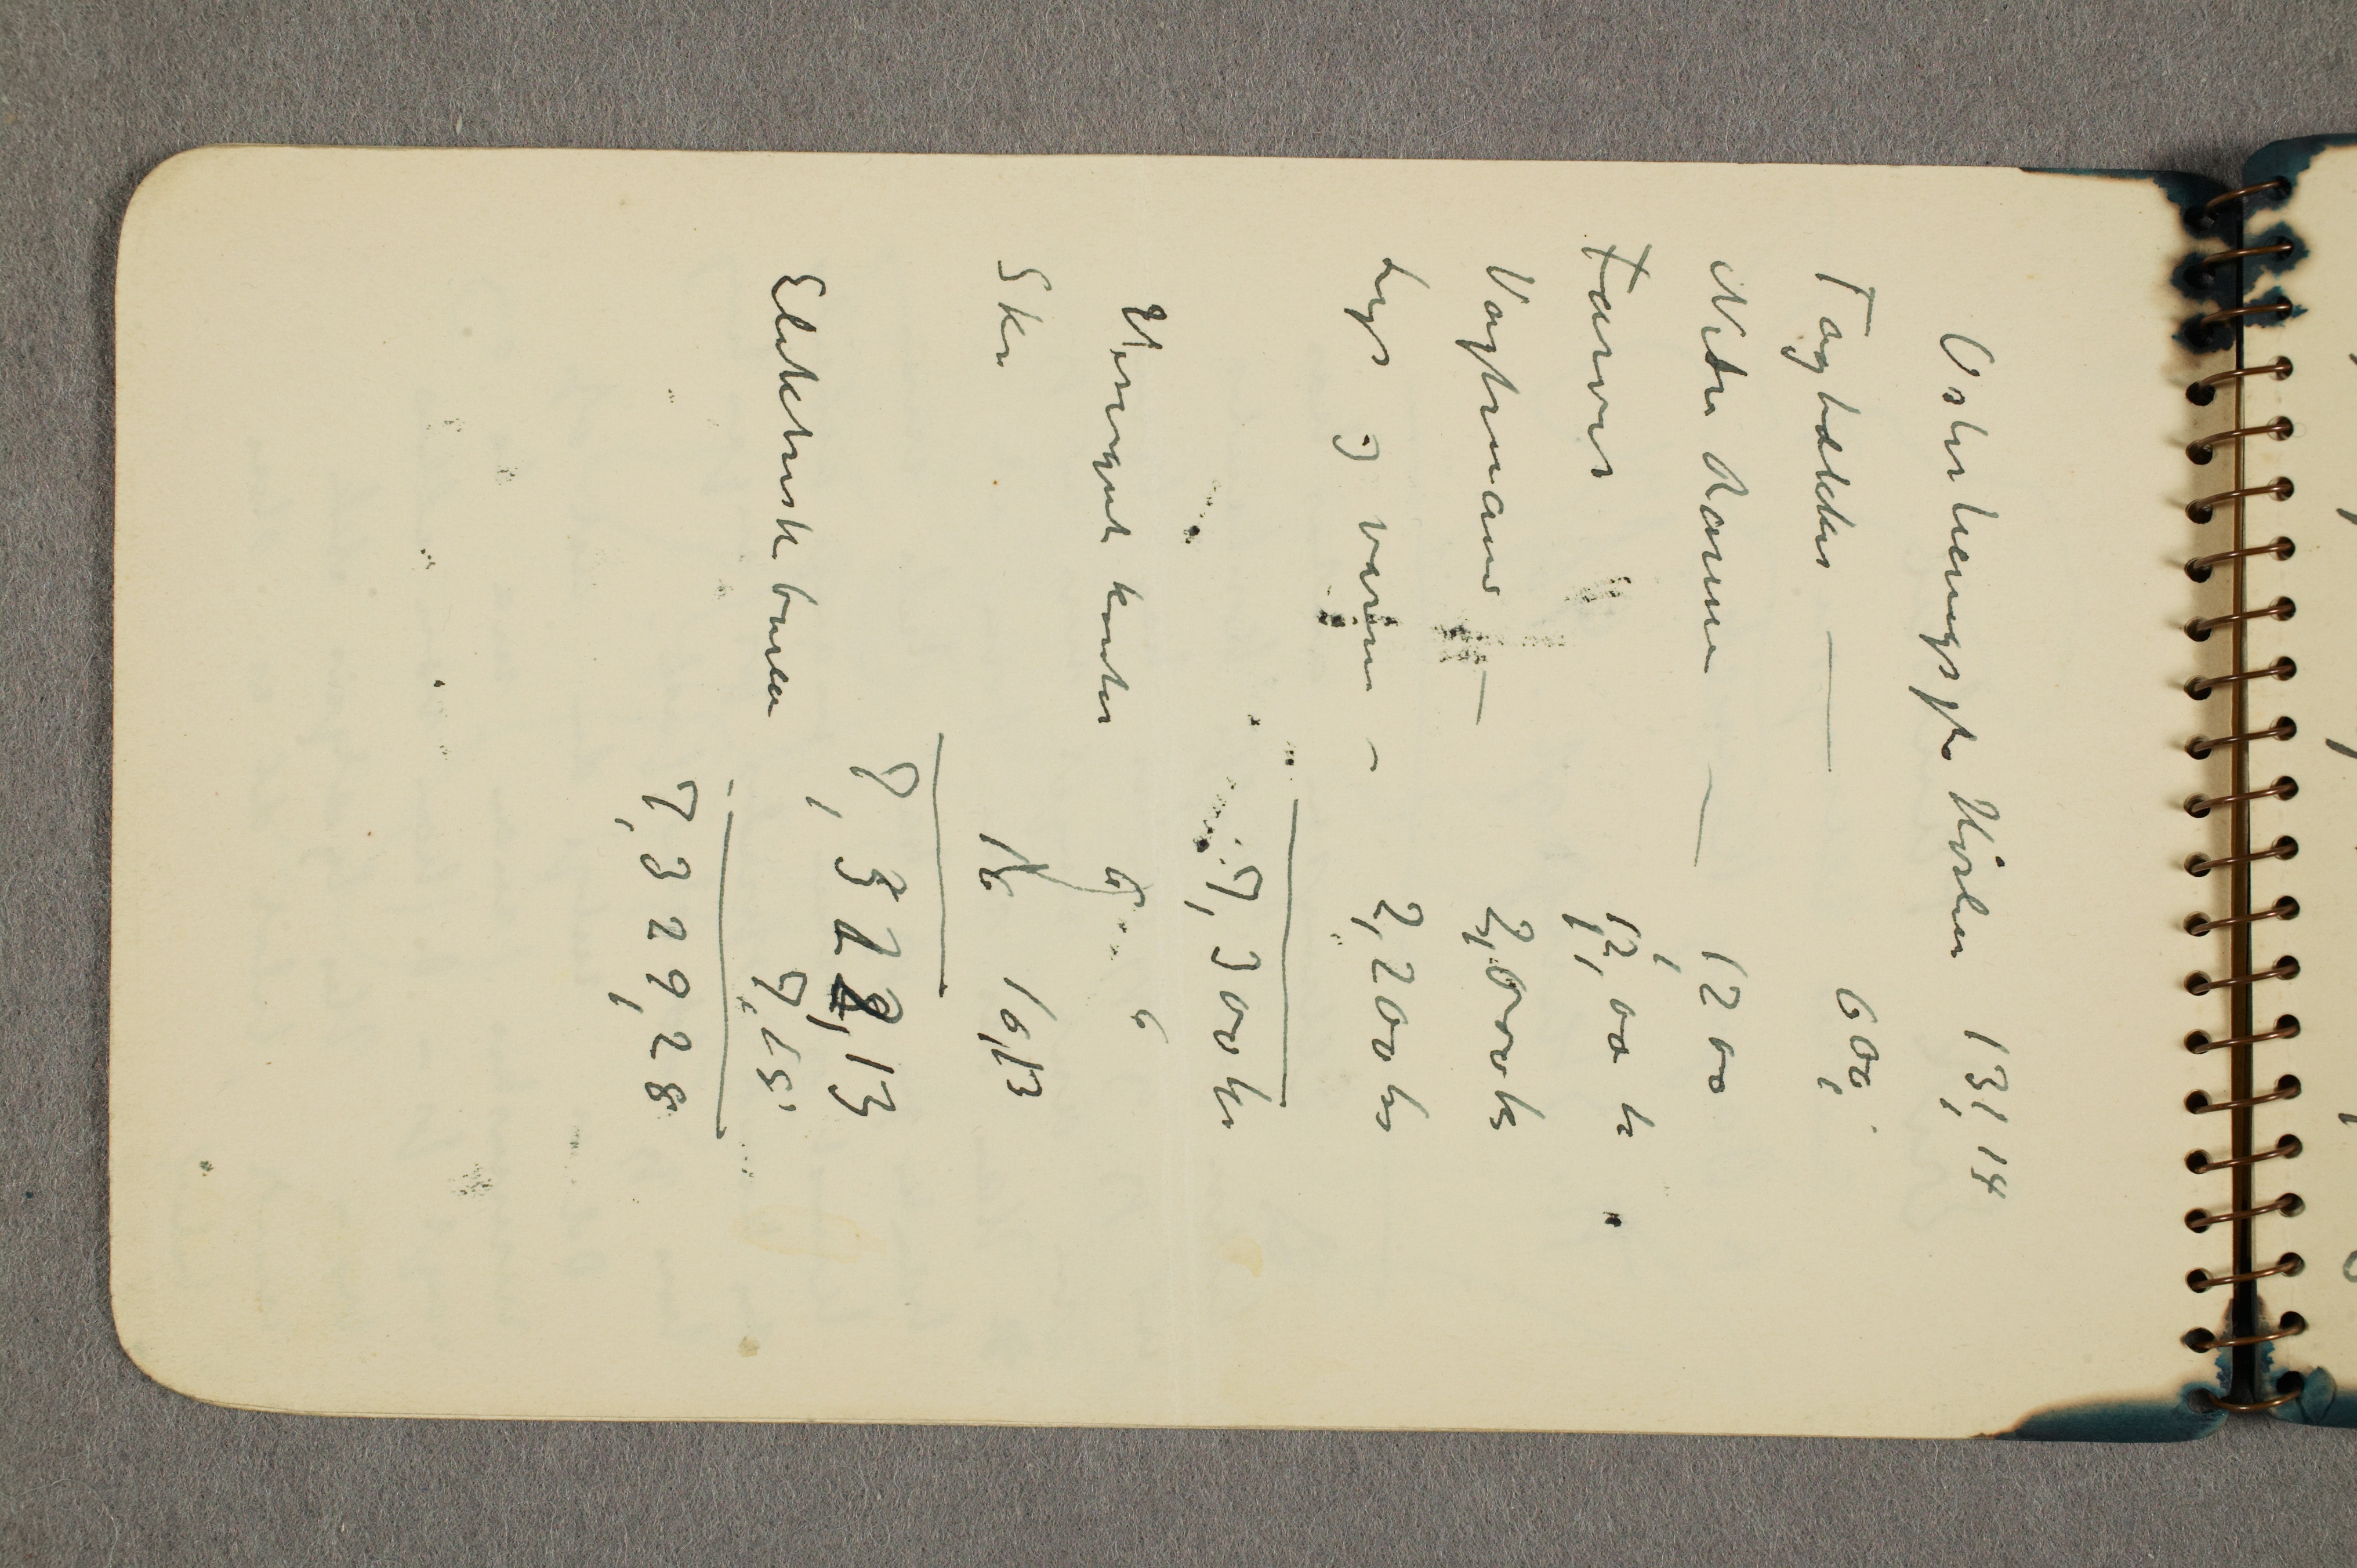
Osterhaugsgt Husleie 		131,14
Tagtækker –			600,
Nedre Ramme –		1,200
Farver				1,2,00 k
Vagtmand –			2,000 kr
Lys og Varme –		2,200 kr
7,300 kr
Visergutkontor		6 6
Sk..			16 16,13
7,322,13
Elektrisk bureau		7,18
7,329,28